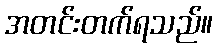
အတင်းတက်ရသည်။